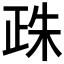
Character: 𣥵